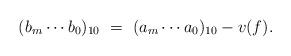
LaTeX: \begin{align*} (b_m\cdots b_0)_{10} \ =\ (a_m\cdots a_0)_{10}-v(f).\end{align*}